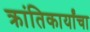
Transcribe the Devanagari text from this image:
क्रांतिकार्यांचा